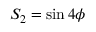
S _ { 2 } = \sin 4 \phi